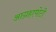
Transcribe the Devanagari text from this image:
आग्रहापोटी